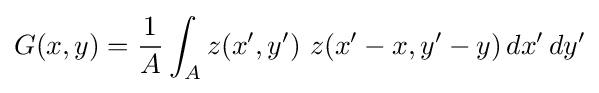
G(x,y)={\frac {1}{A}}\int _{A}z(x',y')\ z(x'-x,y'-y)\,dx'\,dy'